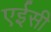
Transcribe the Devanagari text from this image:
एईसी